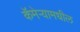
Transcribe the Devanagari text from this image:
कॅमेऱ्यामधील